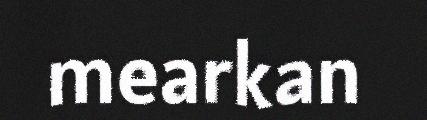
mearkan